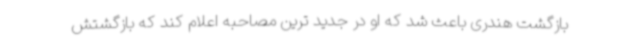
بازگشت هندری باعث شد که او در جدید ترین مصاحبه اعلام کند که بازگشتش